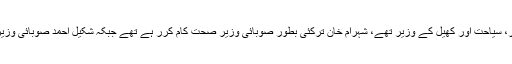
ہٹائے جانے والے وزرا میں سے عاطف خان وزیر کلچر، سیاحت اور کھیل کے وزیر تھے، شہرام خان ترکئی بطور صوبائی وزیر صحت کام کرر ہے تھے جبکہ شکیل احمد صوبائی وزیر برائے ریونیو کی ذمہ داریاں سرانجام دے رہے تھے۔